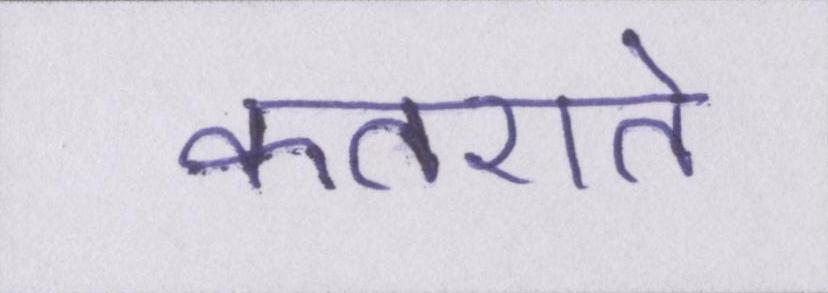
कतराते